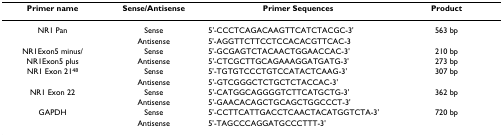
| Primer name | Sense/Antisense | Primer Sequences | Product |
 | --- | --- | --- | --- |
 | NR1 Pan | Sense | 5'-CCCTCAGACAAGTTCATCTACGC-3' | 563 bp |
 |  | Antisense | 5'-AGGTTCTTCCTCCACACGTTCAC-3 |  |
 | NR1Exon5 minus/ | Sense | 5'-GCGAGTCTACAACTGGAACCAC-3' | 210 bp |
 | NR1Exon5 plus | Antisense | 5'-CTCGCTTGCAGAAAGGATGATG-3' | 273 bp |
 | NR1 Exon 2148 | Sense | 5'-TGTGTCCCTGTCCATACTCAAG-3' | 307 bp |
 |  | Antisense | 5'-GTCGGGCTCTGCTCTACCAC-3' |  |
 | NR1 Exon 22 | Sense | 5'-CATGGCAGGGGTCTTCATGCTG-3' | 362 bp |
 |  | Antisense | 5'-GAACACAGCTGCAGCTGGCCCT-3' |  |
 | GAPDH | Sense | 5'-CCTTCATTGACCTCAACTACATGGTCTA-3' | 720 bp |
 |  | Antisense | 5'-TAGCCCAGGATGCCCTTT-3' |  |